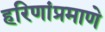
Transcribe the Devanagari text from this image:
हरिणांप्रमाणे